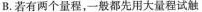
B.若有两个量程，一般都先用大量程试触